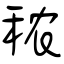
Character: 秾